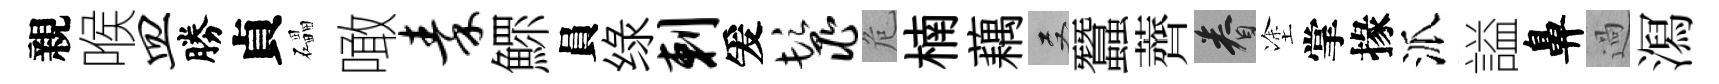
親喉皿勝貞礧噉秦鰥員绿剌爰鬣危楠藕双蠶薺眷塗掌掾派謚鼻過㵼